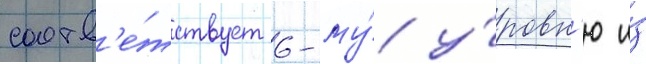
соотв'е́тствует 6-му́ у́ровн'ю и́з